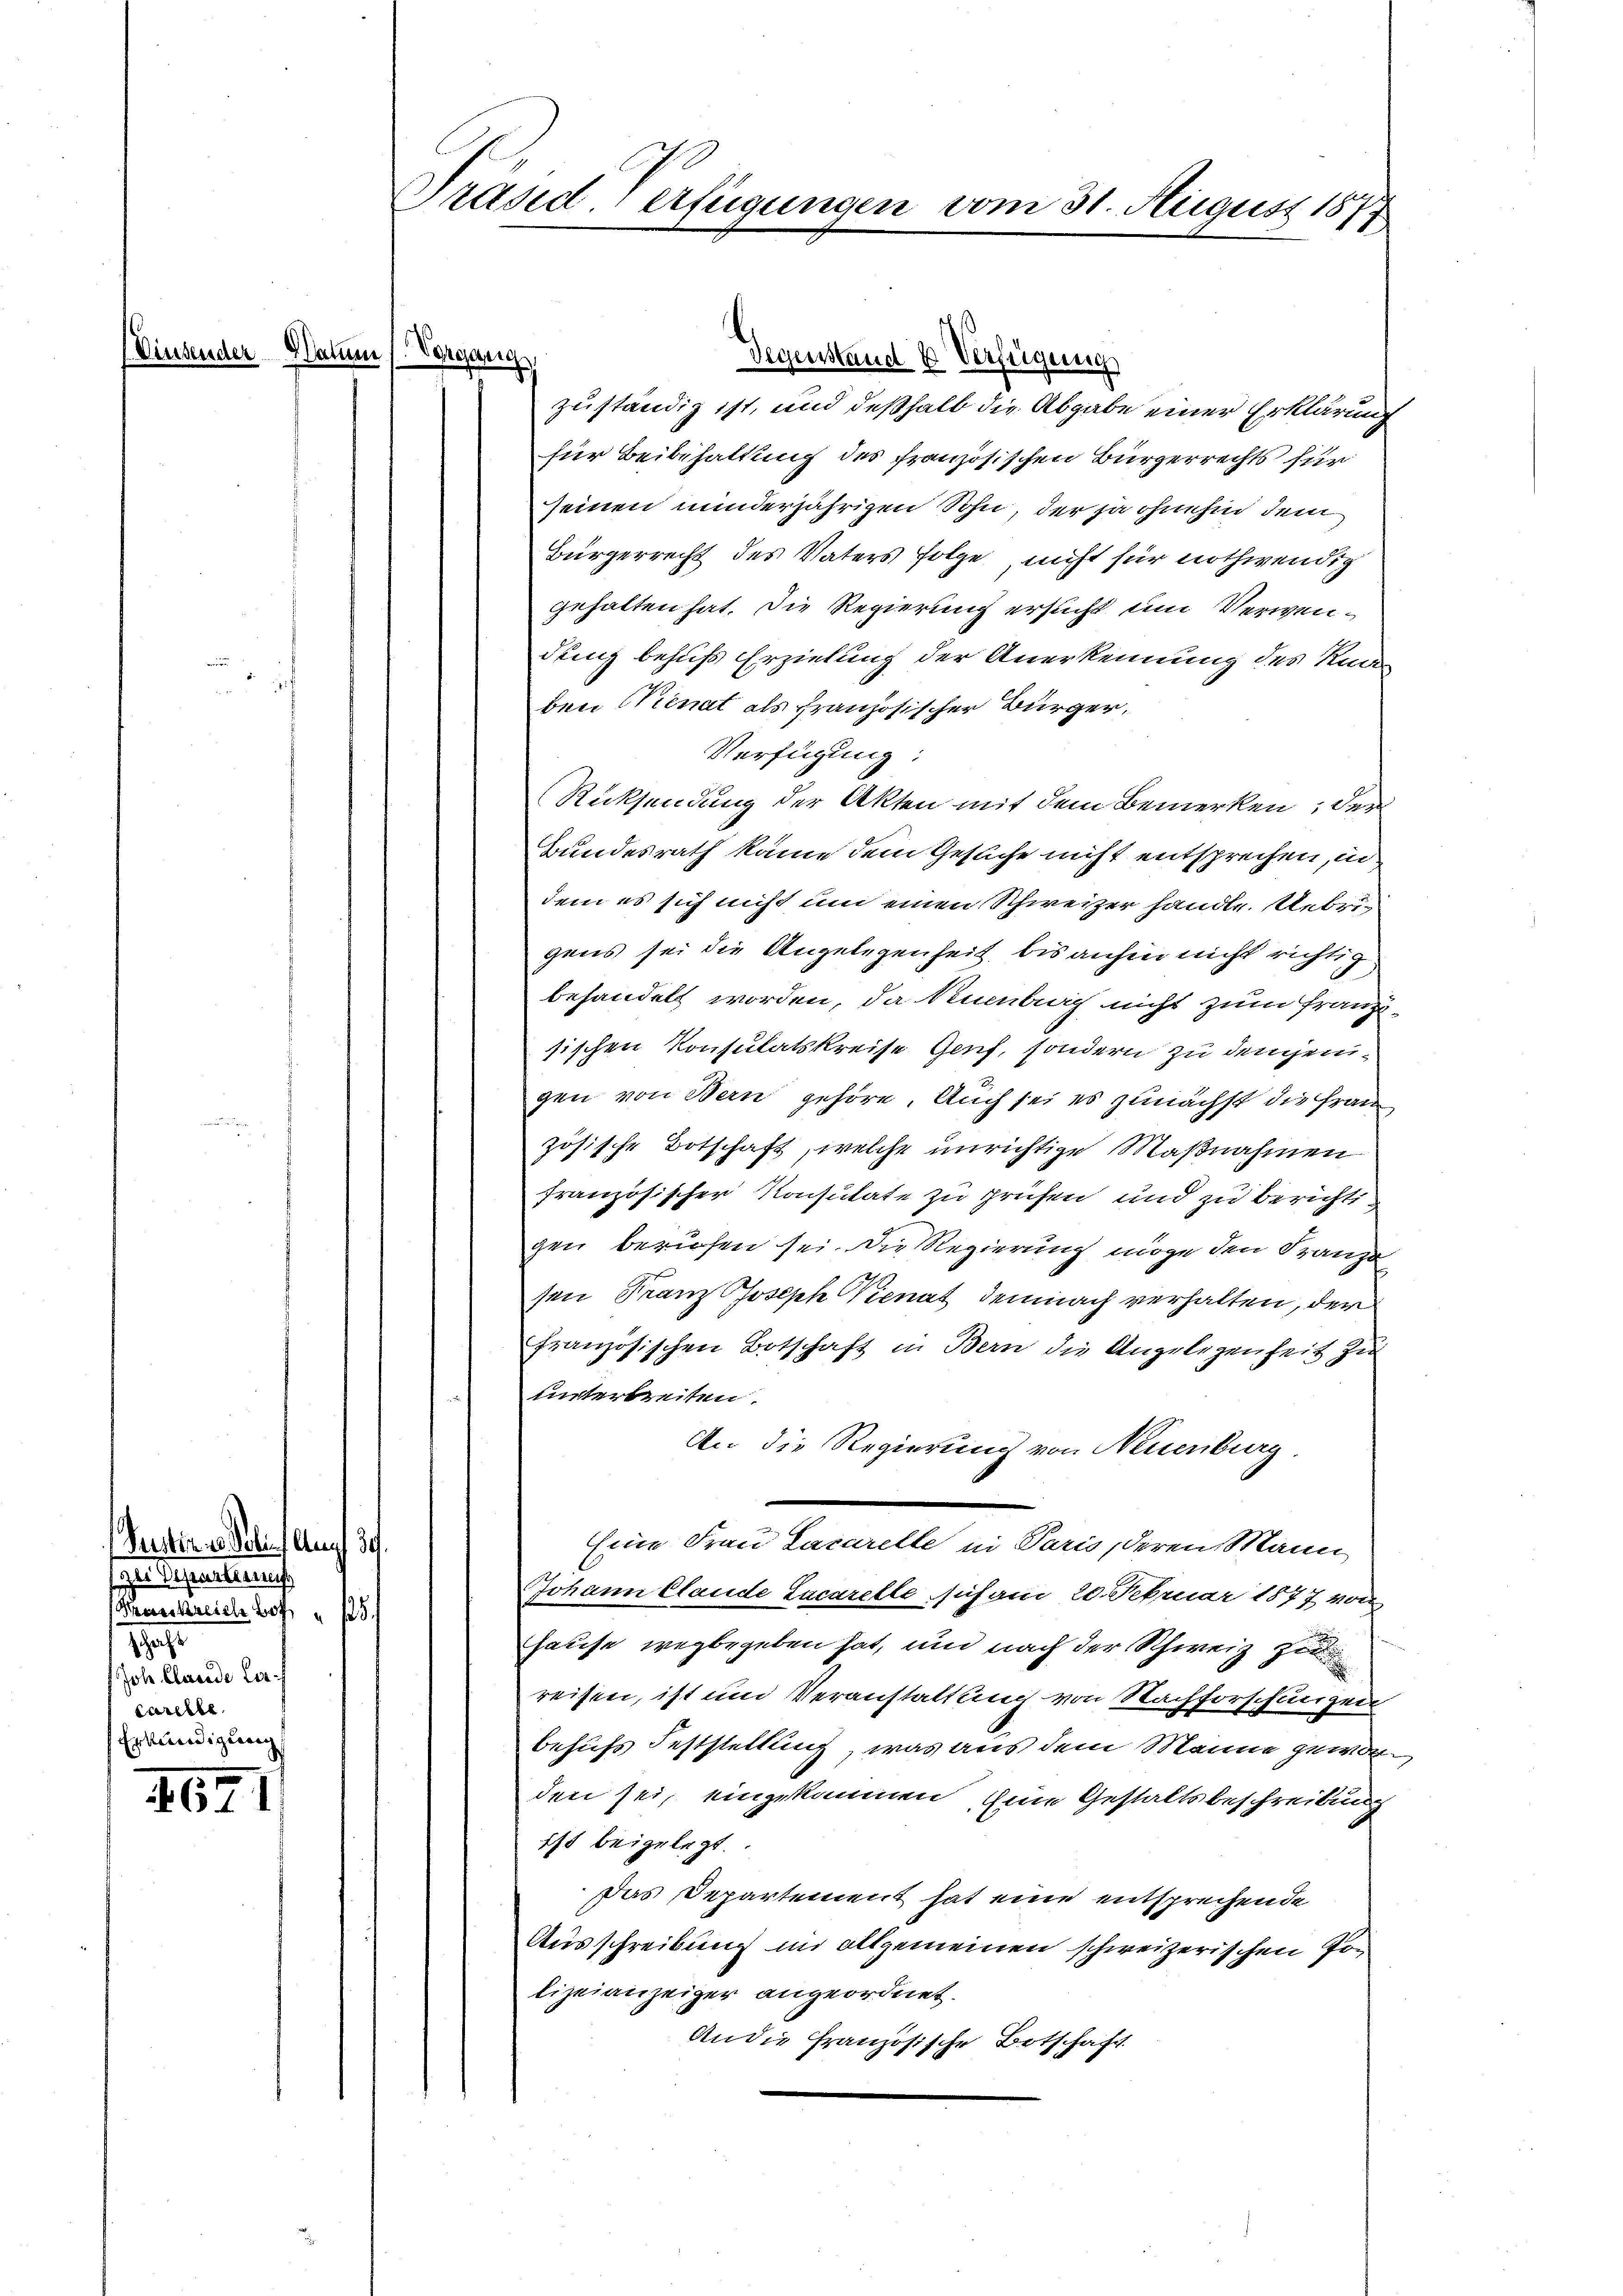
(Vinsender Daume

Reter es soll. Auf 3.
zu Deserkennu
Krankreich hoff " 125.
1.
Joh. Claude Lor
carelle
Erkundigung

162

Vorgang
zuständig ist, und deßhalb die Abgabe einer Erklärung
für Beibehaltung des französischen Bürgerrechts für
seinen minderjährigen Sohn, der ja ohnehin dem
Bürgerrecht des Vaters folge nicht für nothwendig
gehalten hat. Die Regierung ersucht um Verwendung behufs Erziehung der Anerkennung des Rad
ben Kienat als französischer Bürger,
Verfügung:
Rücksendung der Akten mit dem Bemerken, des
Bundesrath käme dem Gesuche nicht entsprechen, in
dem es sich nicht um einen Schweizer handle. Uebrigens sei die Angelegenheit bis anhin nicht richtig
behandelt worden, da Neuenbruch nicht zum Franzisischen Konsulatskreise Genf, sondern zu demjenigen von Bern gehöre. Auch sei es zunächst die Frau
zösische Botschaft, welche unrichtige Maßnahmen
französischer Konsulate zu prüfen und zu berichtigen berufen sei. Die Regierung möge den Kanze
sen Franz Joseph Vienat demnach verhalten, der
französischen Botschaft in Bern die Angelegenheit zu
unterbreiten.
An die Regierung von Neuenburg
Eine Frau Lacarelle in Paris, deren Mann
Johann Claude Lacarelle sich am 20. Februar 1877 von
hause wegbegeben hat, und nach der Schweiz zu
reisen, ist und Veranstaltung von Nachforschungen
behufs Feststellung, was aus dem Manne geworden sei, eingekommen, Eine Gestaltsbeschreibung
ist beigelegt.
Das Departement hat eine entsprechende
Ausschreibung im allgemeinen schweizerischen Polizeianzeiger angeordnet.
An die Französische Botschaft

Präsid. Verfügungen vom 31. August 1874

Gegenstand & Verfügung